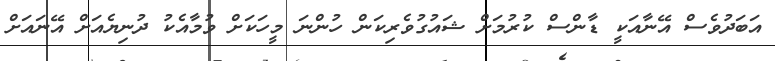
އަބަދުވެސް އޭނާއަކީ ޑާންސް ކުރުމަށް ޝައުގުވެރިކަން ހުންނަ މީހަކަށް ވުމާއެކު ދުނިޔެއަށް އޭނައަށް